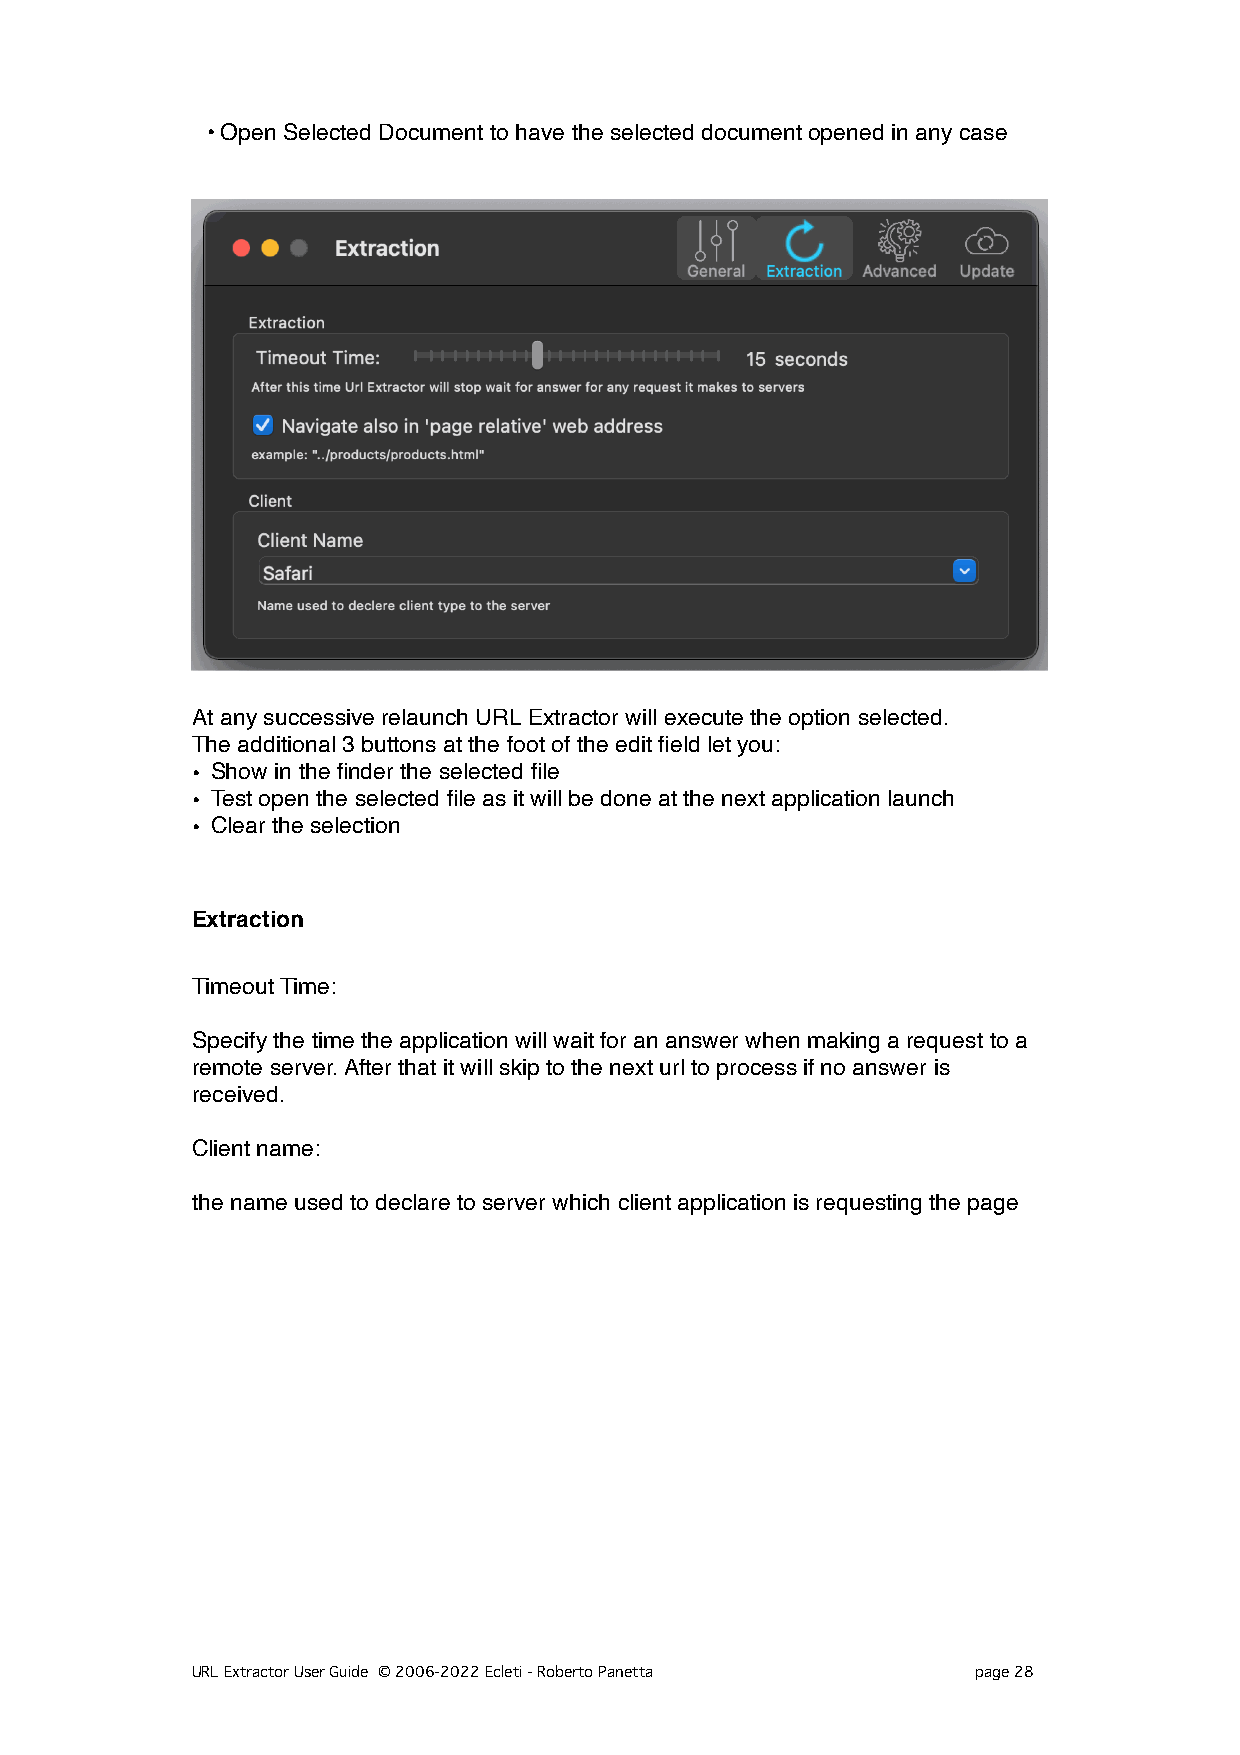
• Open Selected Document to have the selected document opened in any case
 At any successive relaunch URL Extractor will execute the option selected.
 The additional 3 buttons at the foot of the edit field let you:
 • Show in the finder the selected file
 • Test open the selected file as it will be done at the next application launch
 • Clear the selection
 Extraction
 Timeout Time:
 Specify the time the application will wait for an answer when making a request to a
 remote server. After that it will skip to the next url to process if no answer is
 received.
 Client name:
 the name used to declare to server which client application is requesting the page
 URL Extractor User Guide © 2006-2022 Ecleti - Roberto Panetta page 28